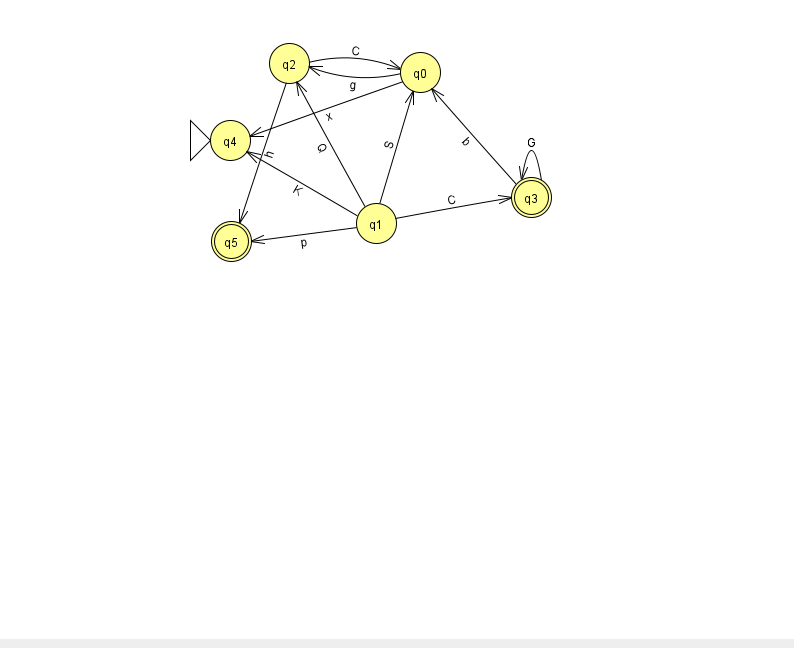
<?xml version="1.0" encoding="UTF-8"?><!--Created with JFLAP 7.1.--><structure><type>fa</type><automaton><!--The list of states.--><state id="0" name="q0"><x>420.0</x><y>59.0</y></state><state id="1" name="q1"><x>376.0</x><y>210.0</y></state><state id="2" name="q2"><x>289.0</x><y>50.0</y></state><state id="3" name="q3"><x>531.0</x><y>184.0</y><final/></state><state id="4" name="q4"><x>230.0</x><y>127.0</y><initial/></state><state id="5" name="q5"><x>231.0</x><y>228.0</y><final/></state><!--The list of transitions.--><transition><from>1</from><to>5</to><read>p</read></transition><transition><from>2</from><to>0</to><read>C</read></transition><transition><from>1</from><to>4</to><read>K</read></transition><transition><from>2</from><to>5</to><read>h</read></transition><transition><from>0</from><to>2</to><read>g</read></transition><transition><from>3</from><to>0</to><read>b</read></transition><transition><from>3</from><to>3</to><read>G</read></transition><transition><from>0</from><to>4</to><read>x</read></transition><transition><from>1</from><to>0</to><read>S</read></transition><transition><from>1</from><to>2</to><read>Q</read></transition><transition><from>1</from><to>3</to><read>C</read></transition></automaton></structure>